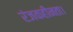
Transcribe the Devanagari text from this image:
रंजकहीनता।